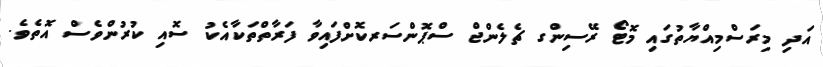
އަދި މިރަސްމިއްޔާތުގައި މޮޓޯ ރޭސިންގ ޗެލެންޖް ސްޕޮންސަރކޮށްފައިވާ ފަރާތްތަކާއެކު ސޮއި ކުރުންވެސް އޮތެވެ.